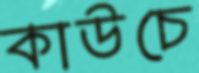
কাউচে